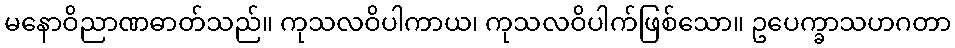
မနောဝိညာဏဓာတ်သည်။ ကုသလဝိပါကာယ၊ ကုသလဝိပါက်ဖြစ်သော။ ဥပေက္ခာသဟဂတာ